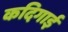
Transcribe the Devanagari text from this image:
कदिगाई